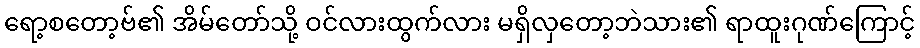
ရော့စတော့ဗ်၏ အိမ်တော်သို့ ဝင်လားထွက်လား မရှိလှတော့ဘဲသား၏ ရာထူးဂုဏ်ကြောင့်